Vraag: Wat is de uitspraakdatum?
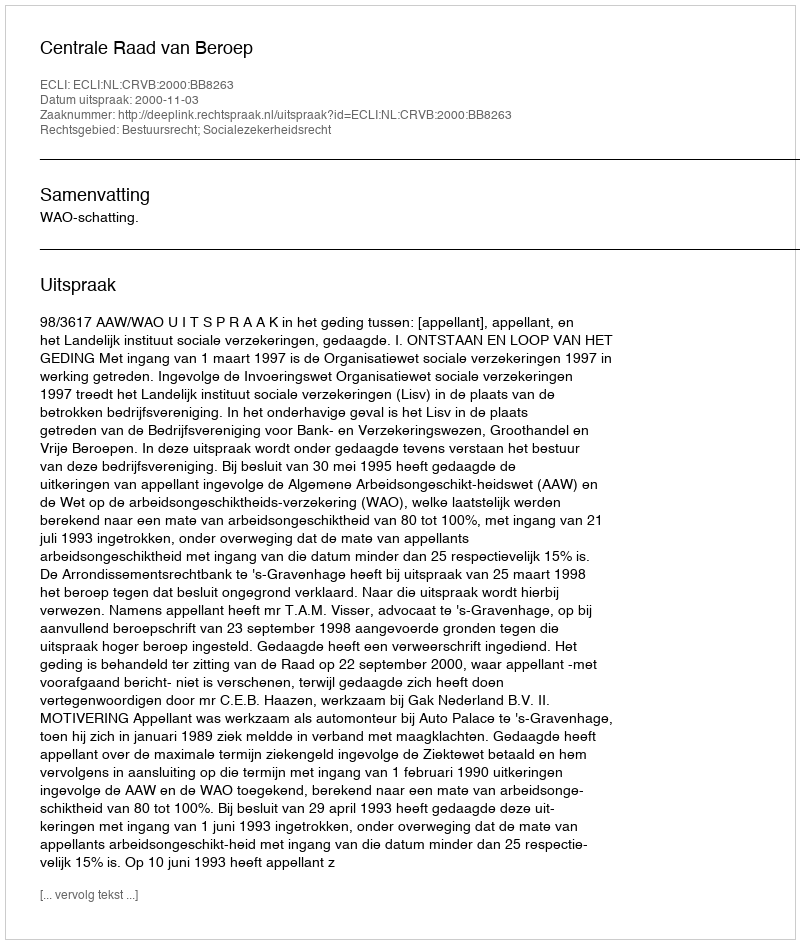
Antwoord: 2000-11-03